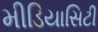
મીડિયાસિટી